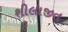
શીલાજીત